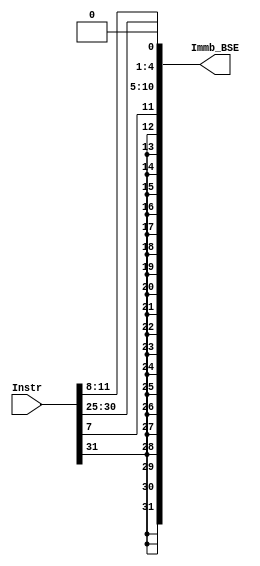
module concatenateB (
    output reg [31:0] Immb_BSE, // Concatenate number
    input [31:0] Instr // Instruction
    );

    always @ (*) begin
        Immb_BSE = {{19{Instr[31]}}, Instr[31], Instr[7], Instr[30:25], Instr[11:8], 1'b0};
    end
endmodule

module concatenateJ (
    output reg [31:0] Immb_JSE, // Concatenate number
    input [31:0] Instr // Instruction
    );

    always @ (*) begin
        Immb_JSE = {{12{Instr[31]}}, Instr[31], Instr[19:12], Instr[20], Instr[30:21], 1'b0};
    end
endmodule

module concatenateImmS (
    output reg [11:0] ImmS, //Concatenate number
    input [6:0] Imm12_11_5_OUT,
    input [4:0] Imm12_4_0_OUT 
    );

    always @ (*) begin
        ImmS = {Imm12_11_5_OUT, Imm12_4_0_OUT};
    end
endmodule

module ORJumps (
    output reg OR, //Output Signal
    input JAL, JALR //Jump signals
    );

    always @ (*) begin
        OR = JAL | JALR;
    end
endmodule